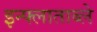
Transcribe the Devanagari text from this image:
इन्फ्लाताब्ले